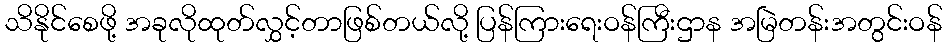
သိနိုင်စေဖို့ အခုလိုထုတ်လွှင့်တာဖြစ်တယ်လို့ ပြန်ကြားရေးဝန်ကြီးဌာန အမြဲတန်းအတွင်းဝန်